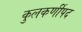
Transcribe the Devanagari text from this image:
कुलकर्णीपद